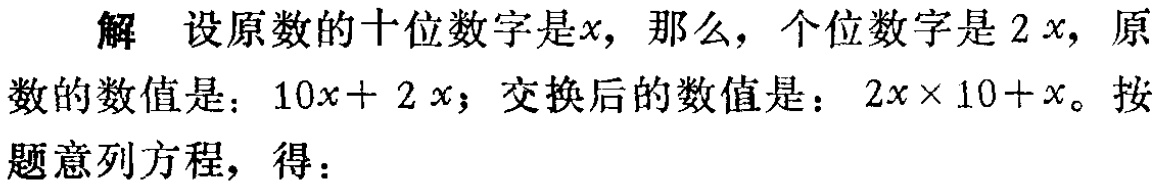
解 设原数的十位数字是\(x\)，那么，个位数字是\(2x\)，原数的数值是：\(10x + 2x\)；交换后的数值是：\(2x\times 10 + x\)。按题意列方程，得：